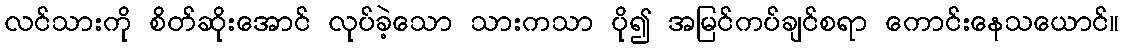
လင်သားကို စိတ်ဆိုးအောင် လုပ်ခဲ့သော သားကသာ ပို၍ အမြင်ကပ်ချင်စရာ ကောင်းနေသယောင်။